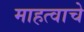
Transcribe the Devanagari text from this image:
माहत्वाचे